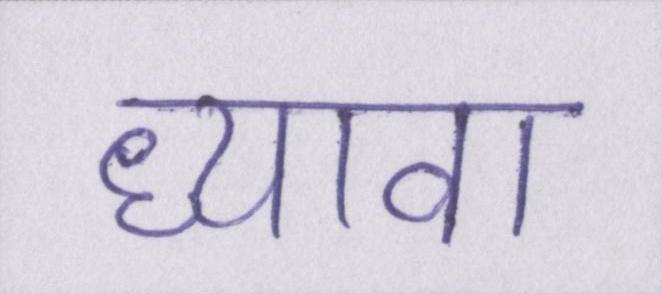
ध्यावा